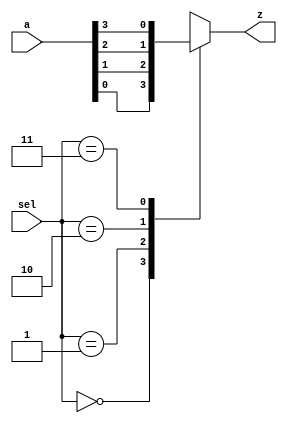
`timescale 1ns/1ps
module mux(output reg z,input [1:0] sel,input [3:0]a);
always@(*) begin
case(sel)
2'b00:z = a[0];
2'b01:z = a[1];
2'b10:z = a[2];
2'b11:z = a[3];
endcase
end
endmodule